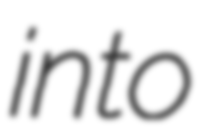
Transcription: into